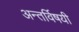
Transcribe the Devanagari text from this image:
अन्तर्विषयी